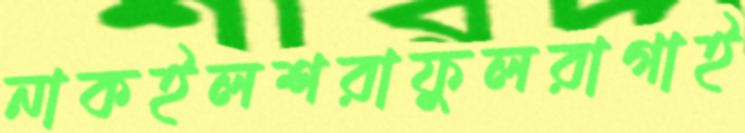
নাকইলশরাফুলরাগাই